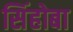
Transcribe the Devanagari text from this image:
सिंहोबा